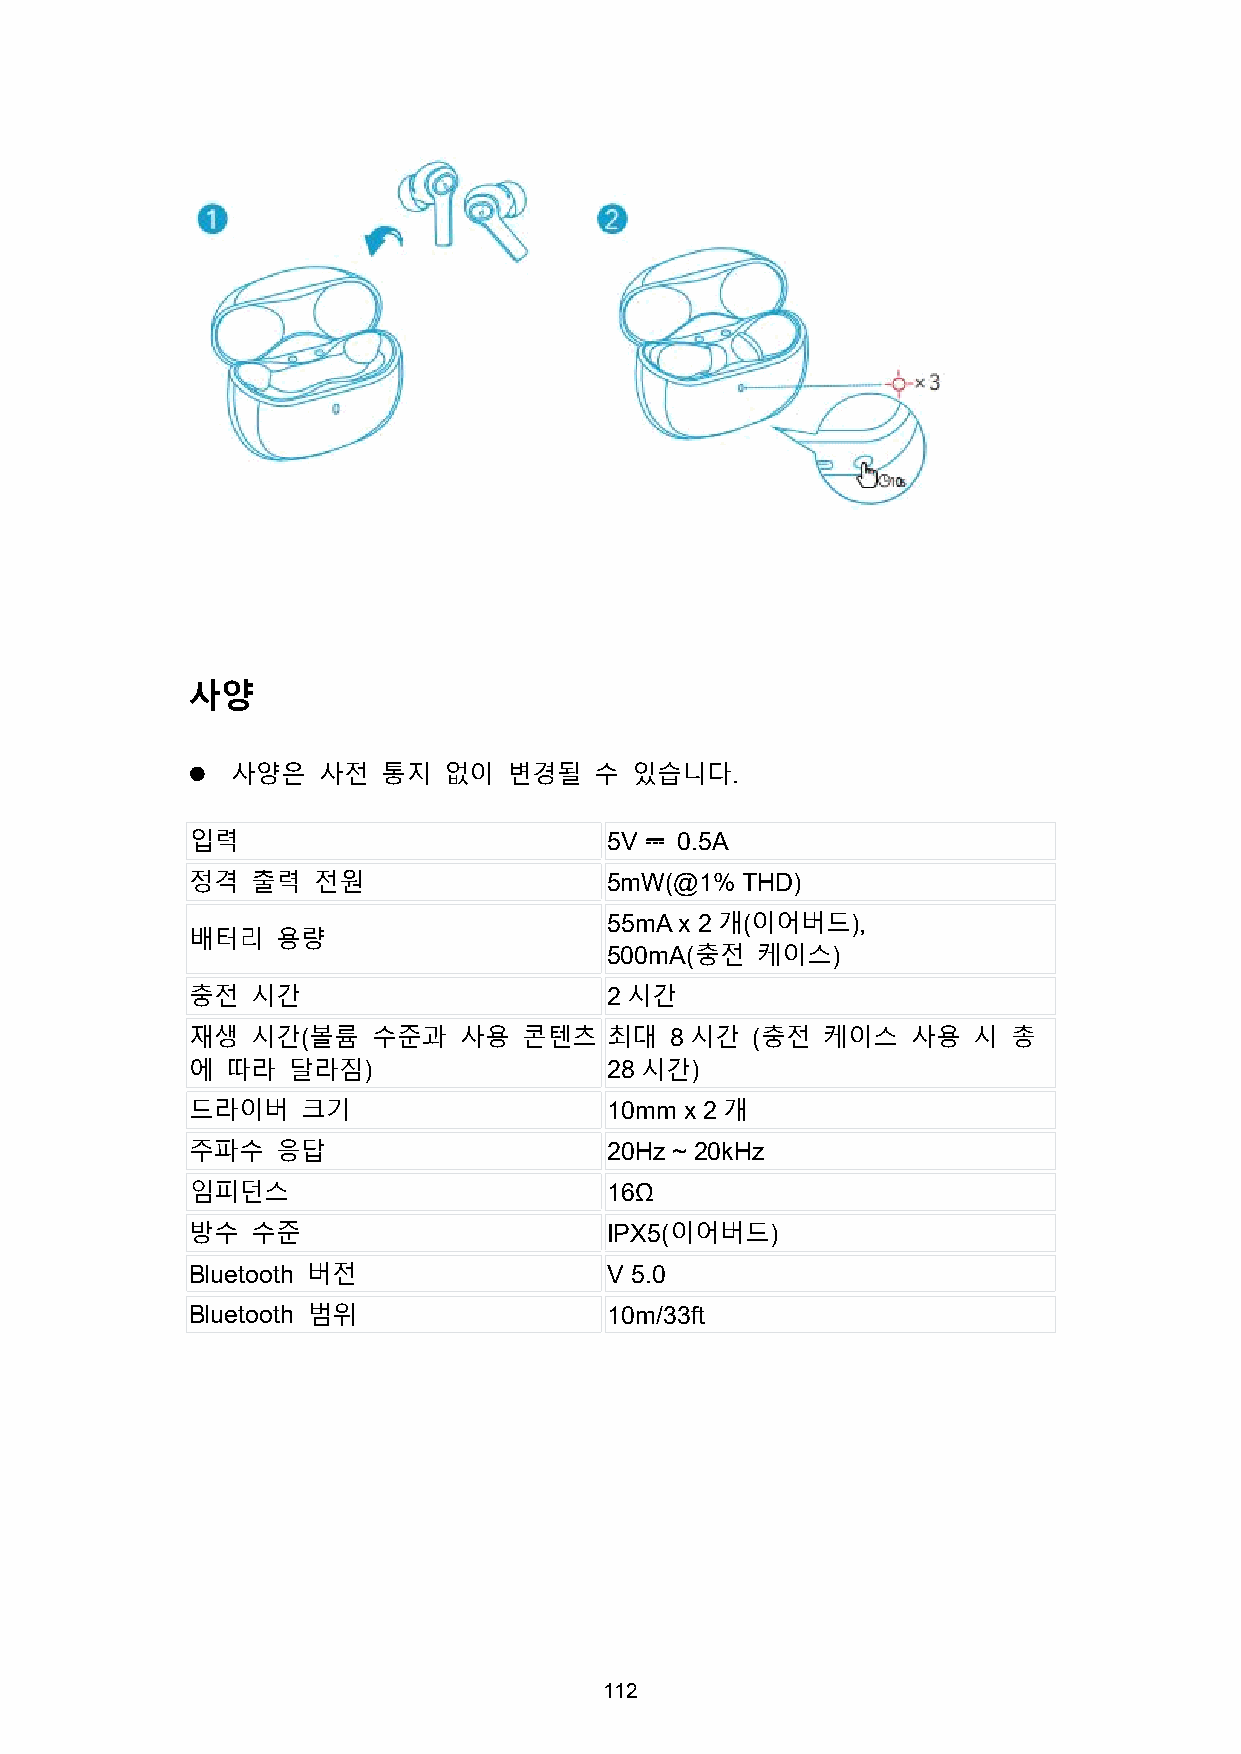
사양
   사양은   사전  통지  없이   변경될  수  있습니다.
 입력                          5V   0.5A
 ⎓
 정격   출력  전원                 5mW(@1%  THD)
 55mAx 2개(이어버드),
 배터리   용량
 500mA(충전  케이스)
 충전   시간                     2 시간
 재생   시간(볼륨   수준과  사용   콘텐츠  최대  8 시간  (충전 케이스   사용  시  총
 에  따라  달라짐)                 28시간)
 드라이버    크기                  10mm x 2개
 주파수   응답                    20Hz ~ 20kHz
 임피던스                        16Ω
 방수   수준                     IPX5(이어버드)
 Bluetooth 버전                V 5.0
 Bluetooth 범위                10m/33ft
 112